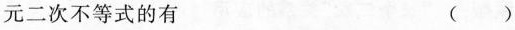
元二次不等式的有 ( )